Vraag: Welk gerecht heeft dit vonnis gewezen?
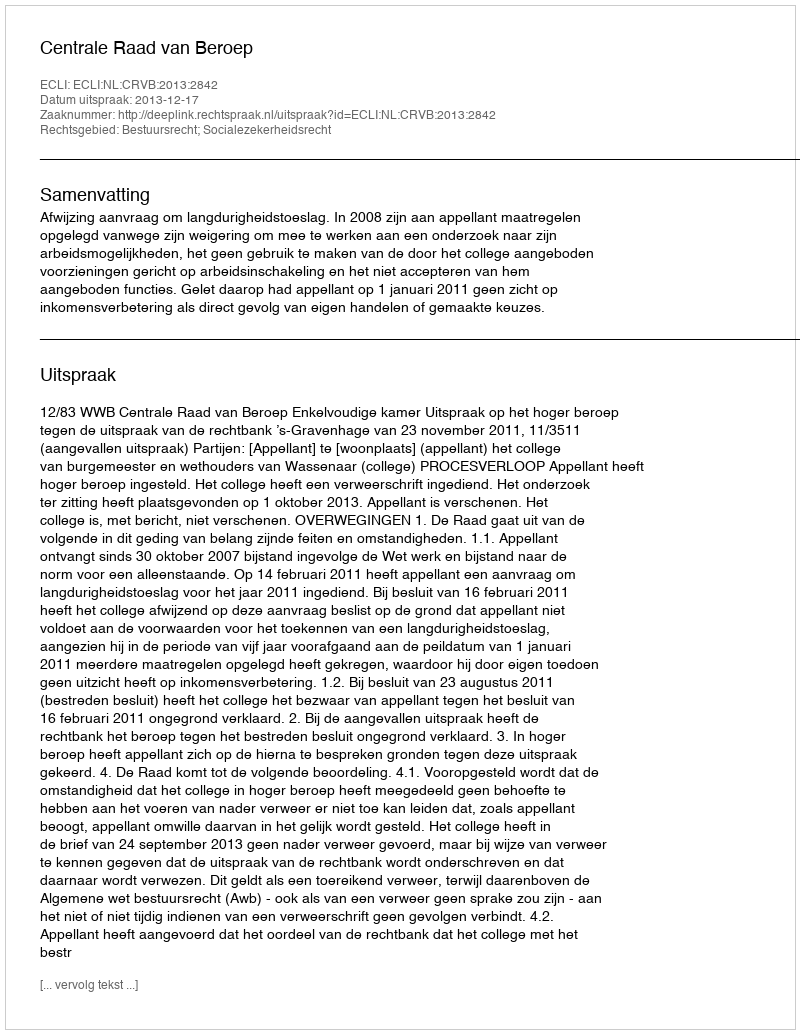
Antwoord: Centrale Raad van Beroep